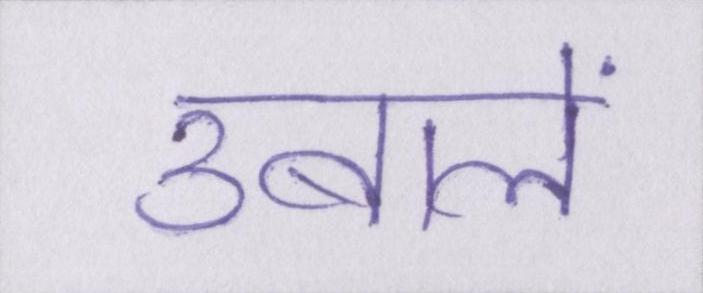
उबालें